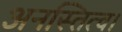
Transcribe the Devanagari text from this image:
अनस्तित्व।